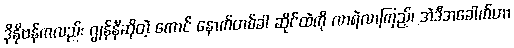
ဒိုနိုဗန်ကလည်း ဂျွန်နီဆိုတဲ့ ကောင် နောက်တစ်ခါ ဆိုင်ထဲကို လာရဲလာကြည့်၊ အဲဒီအခေါက်ဟာ